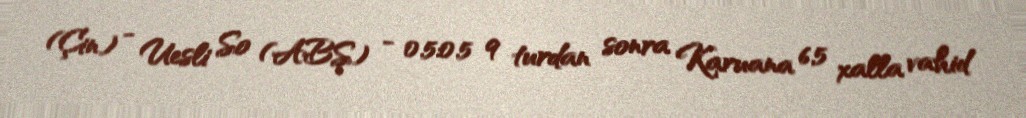
(Çin) - Uesli So (ABŞ) - 0.5:0.5 9 turdan sonra Karuana 6,5 xalla vahid